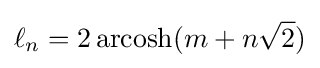
\ell _{n}=2\operatorname {\rm {arcosh}} (m+n{\sqrt {2}})